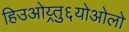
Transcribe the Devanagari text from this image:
हिउओय्र्तु६योओलो